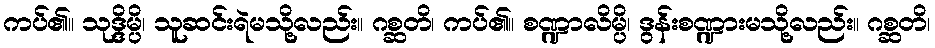
ကပ်၏။ သုဒ္ဒိမ္ပိ၊ သူဆင်းရဲမသို့လည်း။ ဂစ္ဆတိ၊ ကပ်၏။ စဏ္ဍာလိမ္ပိ၊ ဒွန်းစဏ္ဍားမသို့လည်း။ ဂစ္ဆတိ၊